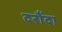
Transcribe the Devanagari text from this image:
दरौंदा